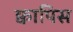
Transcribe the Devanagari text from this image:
क्वापिस